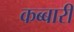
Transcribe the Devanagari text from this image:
कब्बारी